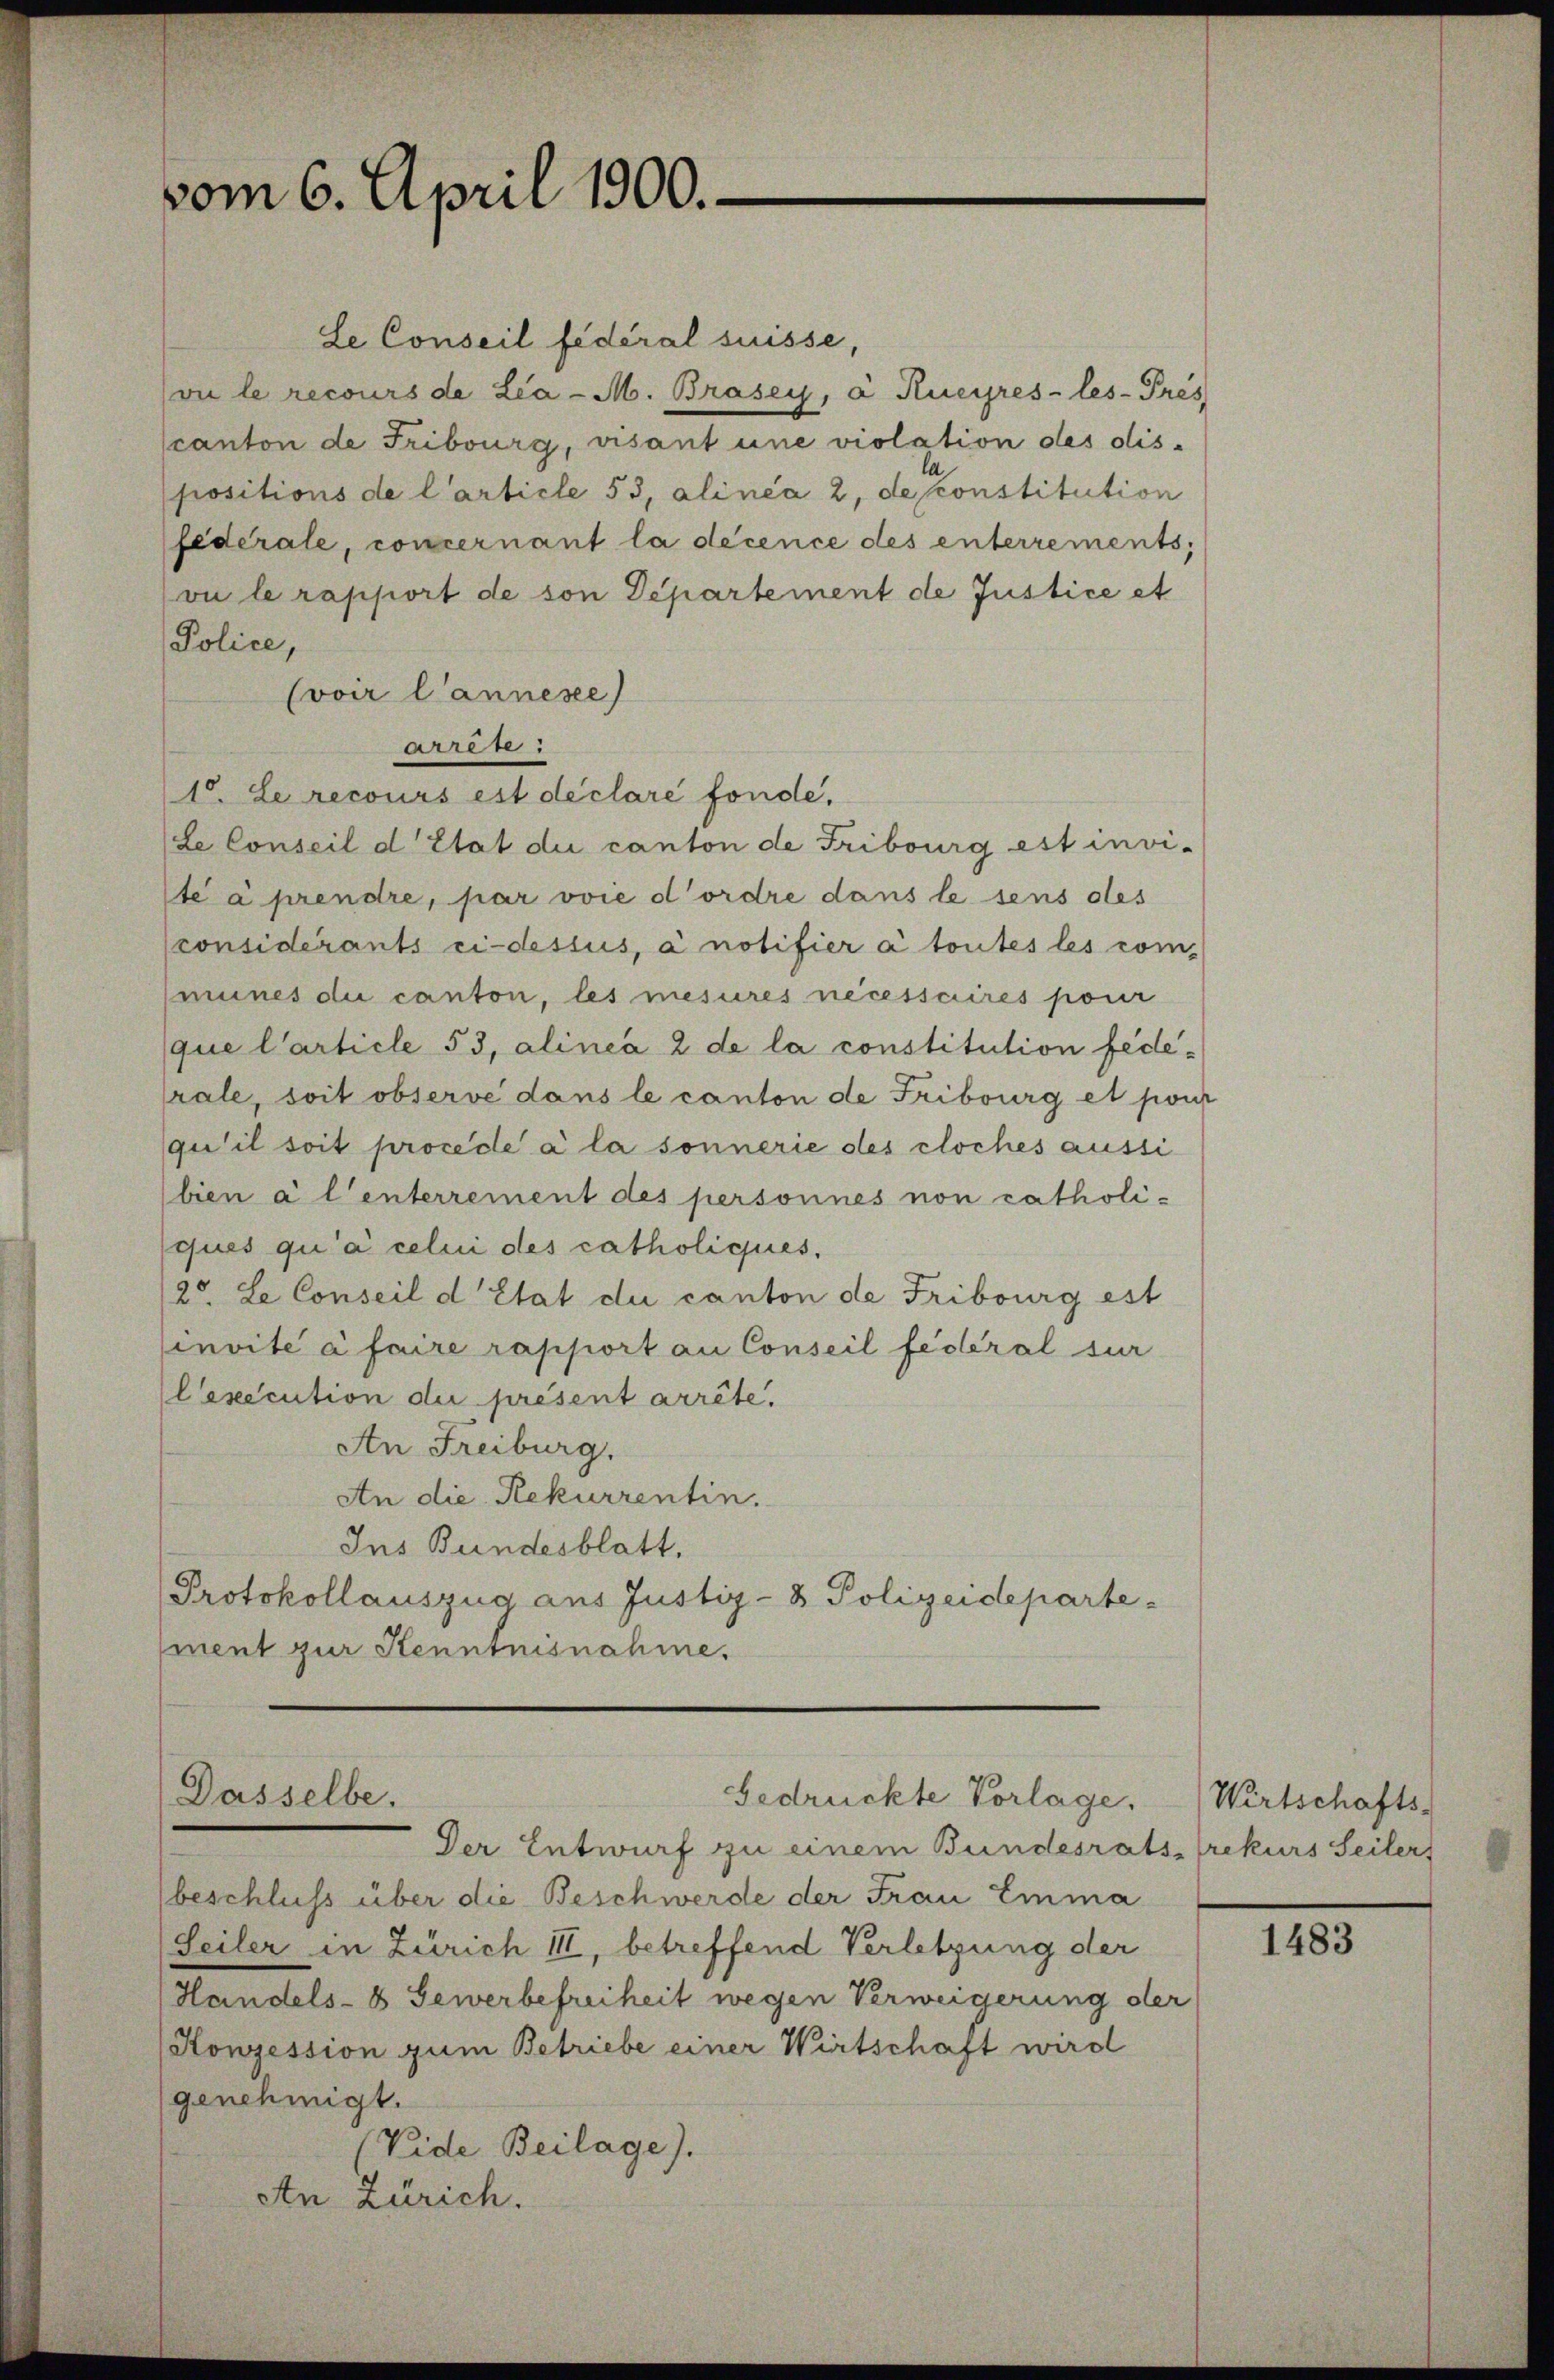
vom 6. April 1900.

Le Conseil fédéral suisse,
vu le recours de Lia - M. Brasey, à Rueyres-les- Prés
scanton de Fribourg, visant une violation des dis-
positions de l’article 53, alinea 2, desconstitution
Federale, concernant la décence des interrements,
vu le rapport de son Departement de Justice et
Police,
(voir Cannese
Aren:
1. Le recours est déclaré fonde.
Le Conseil d’Etat die canton de Fribourg est invi-
te à prendre, par voie d’ordre dans le sens des
considérants ci-dessus, à notifier à toutes les communes die canton, les mesures necessaires pour
que l’article 53, alinea 2 de la constitution fede-
rale, soit observe dans le canton de Fribourg et pour
qu’il soit procede à la sonnerie des cloches aussi
bien a l’interrement des personnes non catholi-
ques qu’à celui des catholiques.
2. Le Conseil d’Etat die canton de Fribourg est
invite à faire rapport an Conseil fédéral sur
lexecution die présent arrête.
An Freiburg.
An die Rekurrentin.
Ins Bundesblatt,
Protokollauszug aus Justiz- & Polizeideparte
ment zur Kenntnisnahme.

Der Entwurf zu einem Bundesratstrekurs Seiters
beschluss über die Beschwerde der Frau Emma
Seiler in Zürich III, betreffend Verletzung der
Handels- & Gewerbefreiheit wegen Verweigerung der
Konzession zum Betriebe einer Wirtschaft wird
genehmigt.
(Vide Beilage).
An Zürich.

Dasselbe.
Gedrückte Vorlage. Wirtschafts-

1483